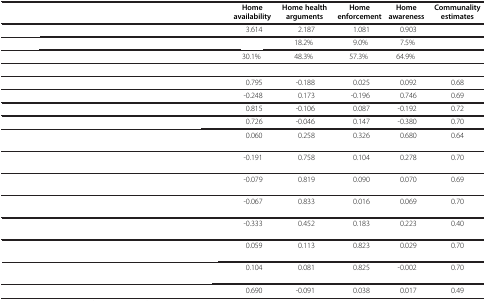
<table><thead><tr><td>[EMPTY_CELL]</td><td><b>Home availability</b></td><td><b>Home health arguments</b></td><td><b>Home enforcement</b></td><td><b>Home awareness</b></td><td><b>Communality estimates</b></td></tr></thead><tbody><tr><td>[EMPTY_CELL]</td><td>3.614</td><td>2.187</td><td>1.081</td><td>0.903</td><td>[EMPTY_CELL]</td></tr><tr><td>[EMPTY_CELL]</td><td>[EMPTY_CELL]</td><td>18.2%</td><td>9.0%</td><td>7.5%</td><td>[EMPTY_CELL]</td></tr><tr><td>[EMPTY_CELL]</td><td>30.1%</td><td>48.3%</td><td>57.3%</td><td>64.9%</td><td>[EMPTY_CELL]</td></tr><tr><td colspan="6">[EMPTY_CELL]</td></tr><tr><td>[EMPTY_CELL]</td><td>0.795</td><td>-0.188</td><td>0.025</td><td>0.092</td><td>0.68</td></tr><tr><td>[EMPTY_CELL]</td><td>-0.248</td><td>0.173</td><td>-0.196</td><td>0.746</td><td>0.69</td></tr><tr><td>[EMPTY_CELL]</td><td>0.815</td><td>-0.106</td><td>0.087</td><td>-0.192</td><td>0.72</td></tr><tr><td>[EMPTY_CELL]</td><td>0.726</td><td>-0.046</td><td>0.147</td><td>-0.380</td><td>0.70</td></tr><tr><td>[EMPTY_CELL]</td><td>0.060</td><td>0.258</td><td>0.326</td><td>0.680</td><td>0.64</td></tr><tr><td>[EMPTY_CELL]</td><td>-0.191</td><td>0.758</td><td>0.104</td><td>0.278</td><td>0.70</td></tr><tr><td>[EMPTY_CELL]</td><td>-0.079</td><td>0.819</td><td>0.090</td><td>0.070</td><td>0.69</td></tr><tr><td>[EMPTY_CELL]</td><td>-0.067</td><td>0.833</td><td>0.016</td><td>0.069</td><td>0.70</td></tr><tr><td>[EMPTY_CELL]</td><td>-0.333</td><td>0.452</td><td>0.183</td><td>0.223</td><td>0.40</td></tr><tr><td>[EMPTY_CELL]</td><td>0.059</td><td>0.113</td><td>0.823</td><td>0.029</td><td>0.70</td></tr><tr><td>[EMPTY_CELL]</td><td>0.104</td><td>0.081</td><td>0.825</td><td>-0.002</td><td>0.70</td></tr><tr><td>[EMPTY_CELL]</td><td>0.690</td><td>-0.091</td><td>0.038</td><td>0.017</td><td>0.49</td></tr></tbody></table>